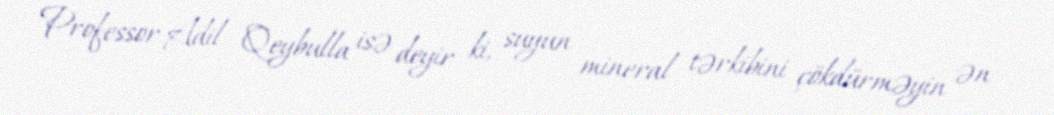
Professor Adil Qeybulla isə deyir ki, suyun mineral tərkibini çökdürməyin ən